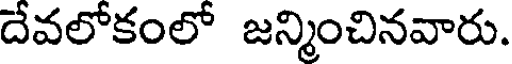
దేవలోకంలో జన్మించినవారు.